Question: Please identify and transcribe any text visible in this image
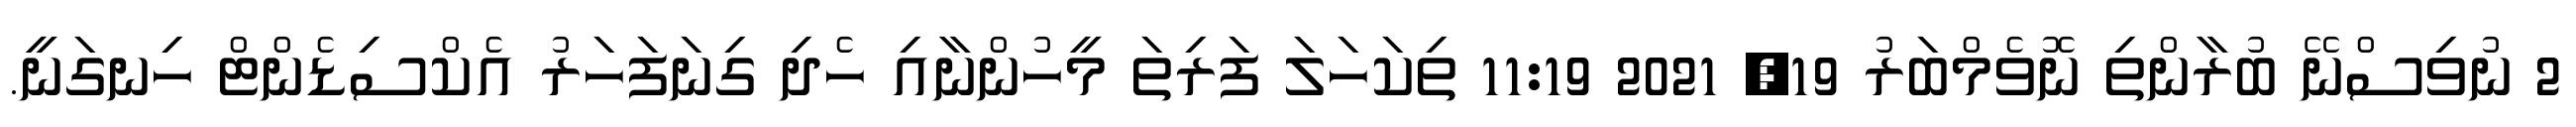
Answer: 2 ނުވިސްނޭ ބުރާންތި ނޮވެމްބަރު 19, 2021 11:19 ތިކަހަލަ ފަރިތަ މީހުންނާއި ހެދި ގިނަފަހަރު އެކްސިޑެންޓް ހިނގަނީ.